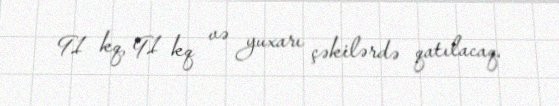
91 kq, 91 kq və yuxarı çəkilərdə qatılacaq.